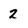
Character: 2